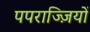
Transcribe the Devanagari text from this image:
पपराज्ज़ियों